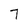
Character: 7